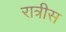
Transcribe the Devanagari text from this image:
रात्रीस